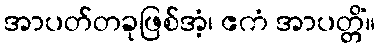
အာပတ်တခုဖြစ်အံ့၊ ဧကံ အာပတ္တိံ။